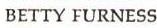
BETTY FURNESS